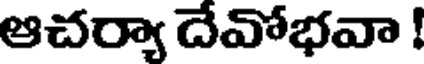
ఆచర్యా దేవోభవా !